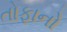
તોફાનો